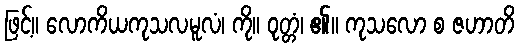
ဖြင့်။ လောကိယကုသလမူလံ၊ ကို။ ဝုတ္တံ၊ ၏။ ကုသလော စ ဇဟာတိ